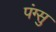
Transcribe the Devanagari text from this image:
पंग्सु